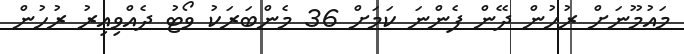
މައުމޫނަށް ރުހުން ދޭން ފެންނަ ކަމަށް 36 މެންބަރަކު ވޯޓު ދެއްވިއިރު ރުހުން